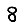
Digit: 8